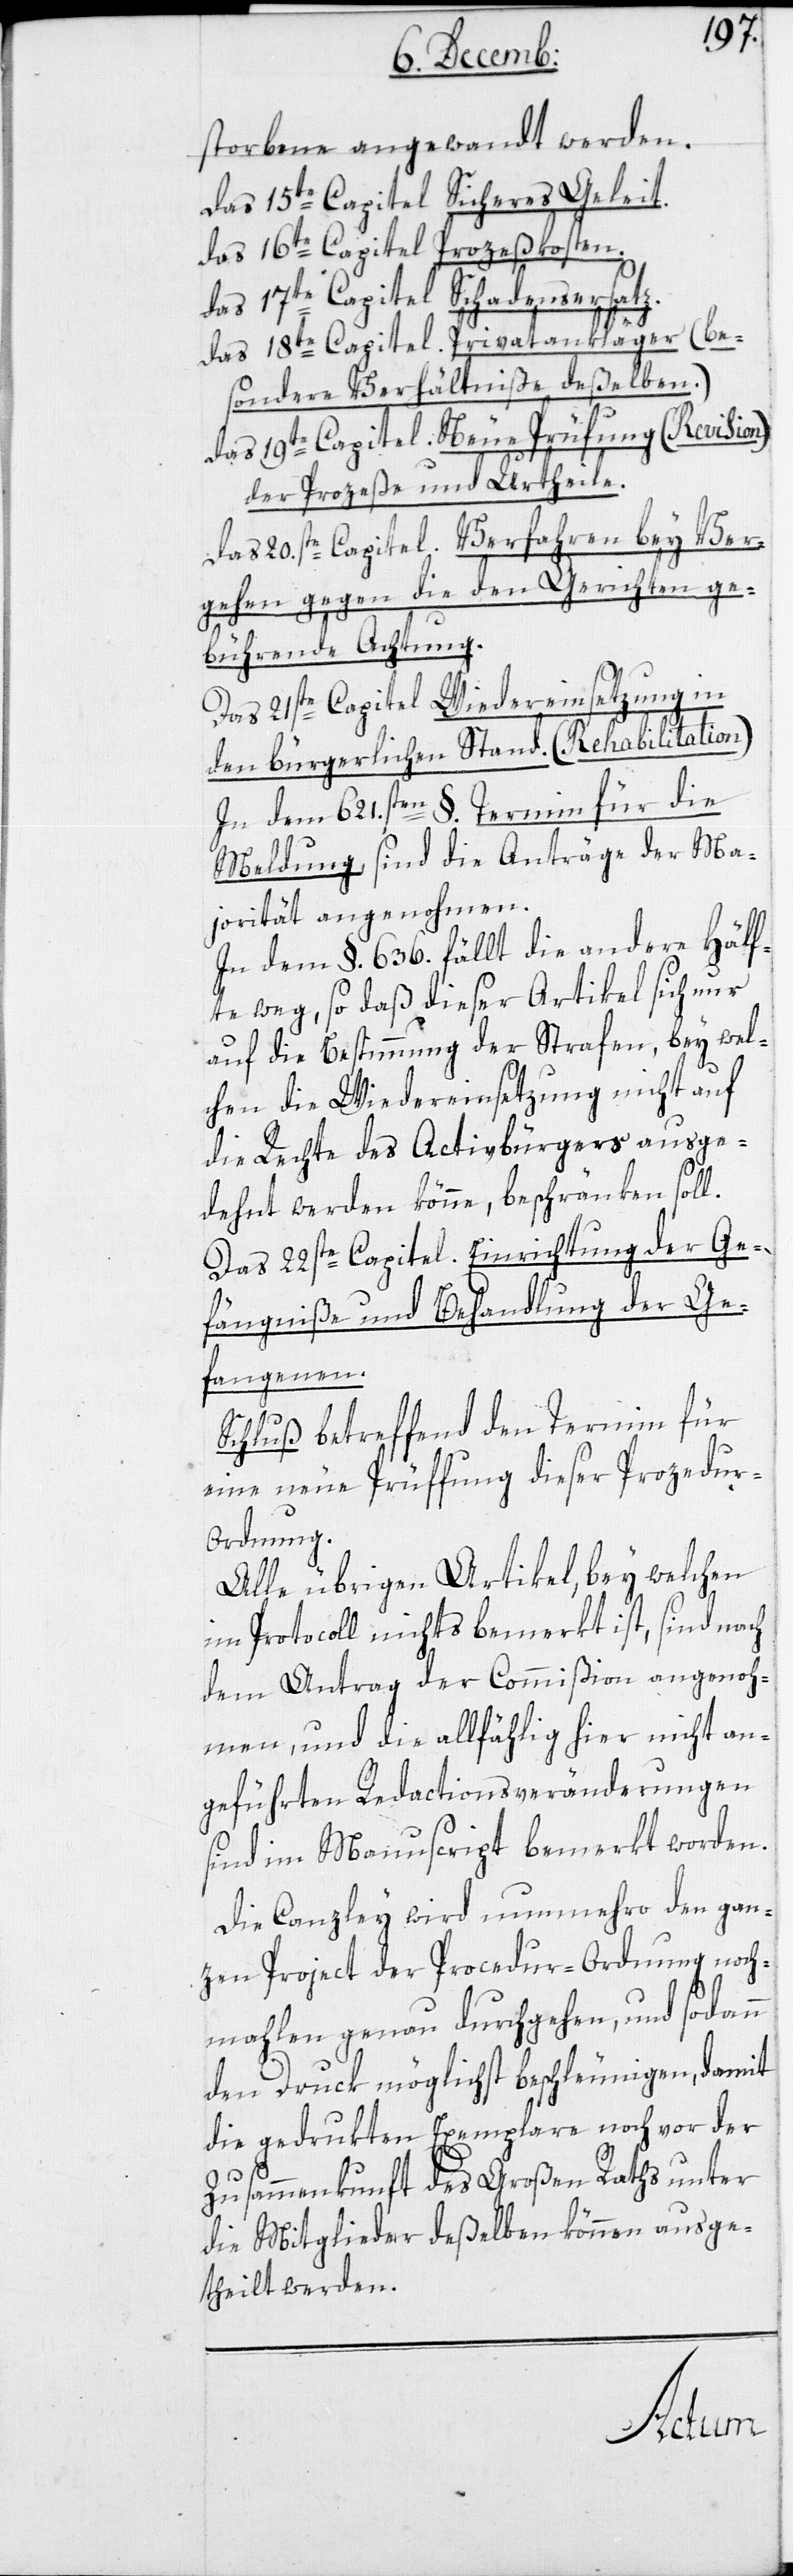
storbene angewandt werden.
Das 15te Capitel Sicheres Geleit.
Das 16te Capitel Prozeßkosten.
Das 17te Capitel Schadensersatz.
Das 18te Capitel. Privatankläger. (be¬
sondere Verhältniße deßelben).
Das 19te Capitel. Neue Prüfung (Revision)
der Prozeße und Urtheile.
Das 20.ste Capitel Verfahren bey Ver¬
gehen gegen die den Gerichten ge¬
bührende Achtung.
Das 21ste Capitel Wiedereinsetzung in
den bürgerlichen Stand. (Rehabilitatio¬
In dem 621sten §. Termin für die
Meldung, sind für die Anträge der Ma¬
jorität angenohmen.
In dem §. 636. fällt die andere Hälf¬
te weg, so daß dieser Artikel sich nur
auf die Bestimmung der Strafen, bey wel¬
chen die Wiedereinsetzung nicht auf
die Rechte des Activbürgers ausge¬
dehnt werden könne, beschränken soll.
Das 22ste Capitel Einrichtung der Ge¬
fängniße und Behandlung der Ge¬
fangenen.
Schluß betreffend den Termin für
eine neue Prüfung dieser Prozedur-O¬
rdnung.
Alle übrigen Artikel, bey welchen
im Protocoll nichts bemerkt ist, sind nach
dem Antrag der Commißion angenoh¬
men, und die allfählig hier nicht an¬
geführten Redactionsveränderungen
sind im Manuscript bemerkt worden.
Die Canzley wird nunmehro den gan¬
zen Project der Procedur-Ordnung noch¬
mahlen genau durchgehen, und sodann
den Druck möglichst beschleunigen, damit
die gedrukten Exemplare noch vor der
Zusammenkunft des Großen Raths unter
die Mitglieder deßelben können ausge¬
theilt werden.
n)›.